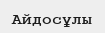
Айдосұлы